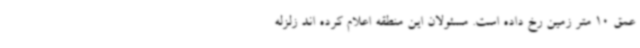
عمق 10 متر زمین رخ داده است. مسئولان این منطقه اعلام کرده اند زلزله